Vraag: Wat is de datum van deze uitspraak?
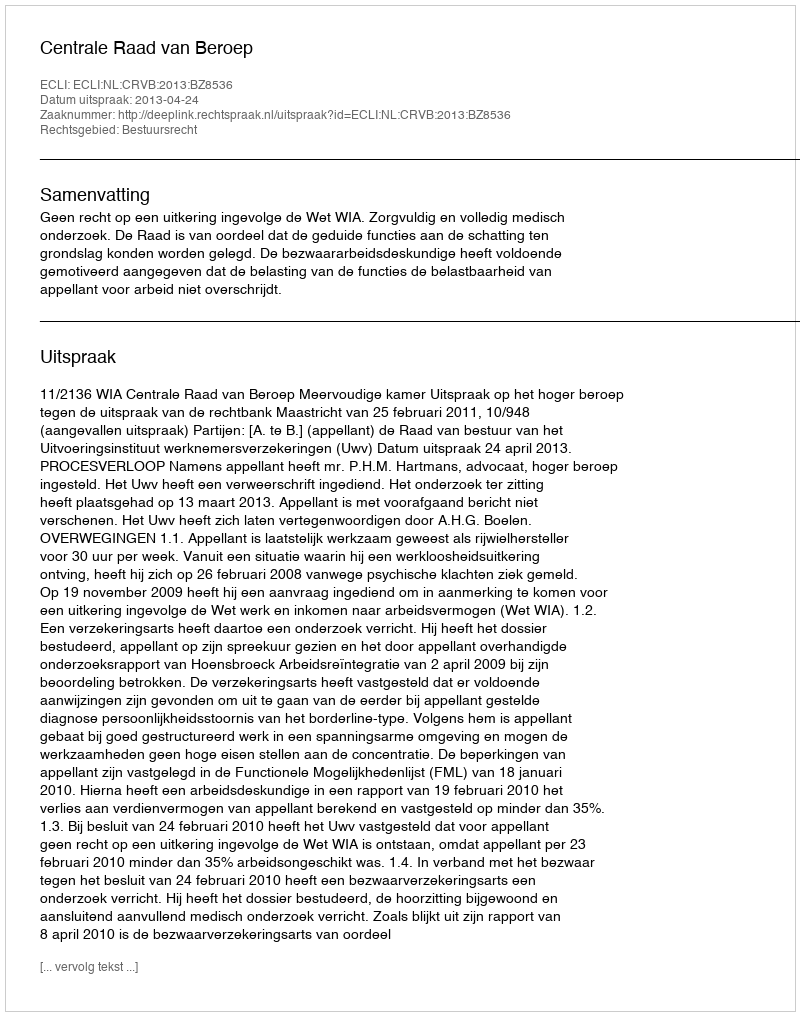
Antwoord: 2013-04-24